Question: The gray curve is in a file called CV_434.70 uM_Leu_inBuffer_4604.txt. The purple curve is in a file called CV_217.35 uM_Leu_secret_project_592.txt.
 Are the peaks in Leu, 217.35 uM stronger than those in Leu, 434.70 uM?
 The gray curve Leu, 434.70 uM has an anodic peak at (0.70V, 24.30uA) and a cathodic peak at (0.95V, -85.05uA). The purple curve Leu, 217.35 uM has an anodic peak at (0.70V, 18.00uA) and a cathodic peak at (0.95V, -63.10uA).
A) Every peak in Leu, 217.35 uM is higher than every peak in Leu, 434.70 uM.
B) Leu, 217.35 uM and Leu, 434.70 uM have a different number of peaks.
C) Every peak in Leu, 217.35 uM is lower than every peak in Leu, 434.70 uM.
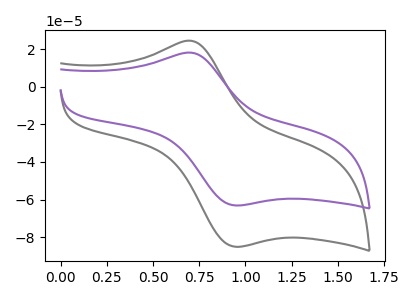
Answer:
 <answer>C) Every peak in "Leu, 217.35 uM" is lower than every peak in "Leu, 434.70 uM".</answer>
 <eval>C</eval>